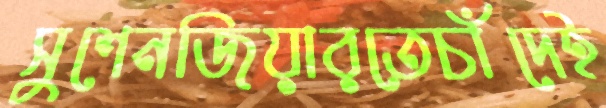
সুশেনজিয়ারতেচাঁদেই